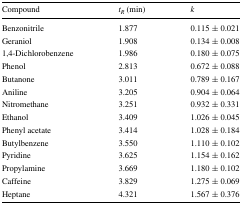
<table><thead><tr><td><b>Compound</b></td><td><b><i>t</i><sub><i>R</i></sub> (min)</b></td><td><b><i>k</i></b></td></tr></thead><tbody><tr><td>Benzonitrile</td><td>1.877</td><td>0.115 ± 0.021</td></tr><tr><td>Geraniol</td><td>1.908</td><td>0.134 ± 0.008</td></tr><tr><td>1,4-Dichlorobenzene</td><td>1.986</td><td>0.180 ± 0.075</td></tr><tr><td>Phenol</td><td>2.813</td><td>0.672 ± 0.088</td></tr><tr><td>Butanone</td><td>3.011</td><td>0.789 ± 0.167</td></tr><tr><td>Aniline</td><td>3.205</td><td>0.904 ± 0.064</td></tr><tr><td>Nitromethane</td><td>3.251</td><td>0.932 ± 0.331</td></tr><tr><td>Ethanol</td><td>3.409</td><td>1.026 ± 0.045</td></tr><tr><td>Phenyl acetate</td><td>3.414</td><td>1.028 ± 0.184</td></tr><tr><td>Butylbenzene</td><td>3.550</td><td>1.110 ± 0.102</td></tr><tr><td>Pyridine</td><td>3.625</td><td>1.154 ± 0.162</td></tr><tr><td>Propylamine</td><td>3.669</td><td>1.180 ± 0.102</td></tr><tr><td>Caffeine</td><td>3.829</td><td>1.275 ± 0.069</td></tr><tr><td>Heptane</td><td>4.321</td><td>1.567 ± 0.376</td></tr></tbody></table>